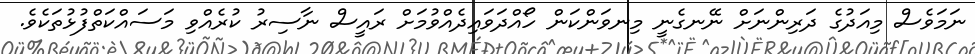
ނަމަވެސް މިއަދުގެ ދަރިންނަށް ނޭނގެނީ މިނވަންކަން ހޯއްދަަވައިދެއްވުމަށް ރައީސް ނާސިރު ކުރެއްވި މަސައްކަތްފުޅުތަކެވެ.